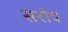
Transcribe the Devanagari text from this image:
सर्राव